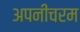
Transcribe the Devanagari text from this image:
अपनीचरम